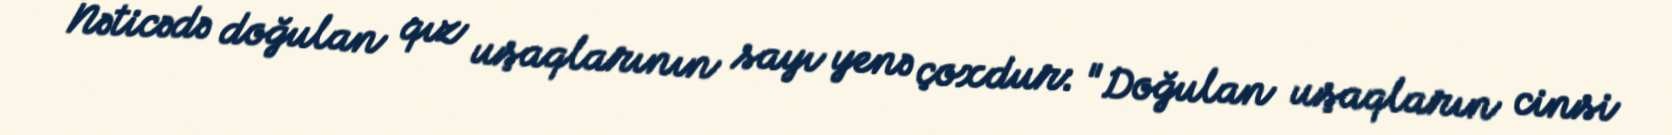
Nəticədə doğulan qız uşaqlarının sayı yenə çoxdur: "Doğulan uşaqların cinsi